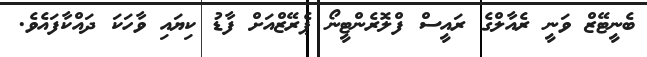
ބެނީޓޭޒް ވަނީ ރެއާލްގެ ރައީސް ފްލޮރެންޓީނޯ ޕެރޭޒްއަށް ފާޑު ކިޔައި ވާހަކަ ދައްކާފައެވެ.